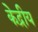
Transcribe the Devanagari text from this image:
के॓द्रीय